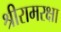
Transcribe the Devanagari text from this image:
श्रीरामरक्षा